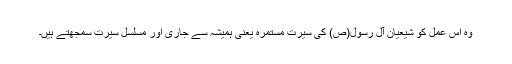
وہ اس عمل کو شیعیان آل رسول(ص) کی سیرت مستمرہ یعنی ہمیشہ سے جاری اور مسلسل سیرت سمجھتے ہیں۔